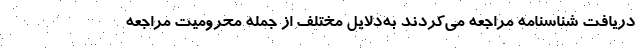
دریافت شناسنامه مراجعه می‌کردند به‌دلایل مختلف از جمله محرومیت مراجعه